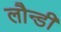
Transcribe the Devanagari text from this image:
लौन्डी